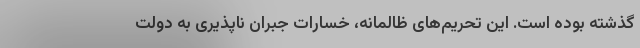
گذشته بوده است. این تحریم‌های ظالمانه، خسارات جبران ناپذیری به دولت